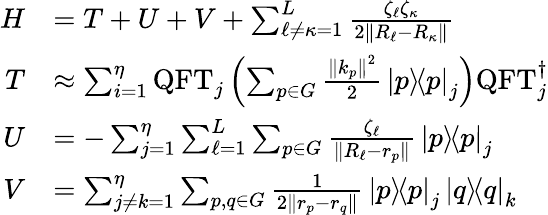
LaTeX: \begin{array}{rl}{H}&{=T+U+V+\sum_{\ell\neq\kappa=1}^{L}\frac{\zeta_{\ell}\zeta_{\kappa}}{2\left\| R_{\ell}-R_{\kappa}\right\| }}\\ {T}&{\approx\sum_{i=1}^{\eta}\mathrm{QFT}_{j}\left(\sum_{p\in G}\frac{\left\| k_{p}\right\| ^{2}}{2}\mathinner{|{p}\rangle}\! \! \mathinner{\langle{p}|}_{j}\right)\mathrm{QFT}_{j}^{\dagger}}\\ {U}&{=-\sum_{j=1}^{\eta}\sum_{\ell=1}^{L}\sum_{p\in G}\frac{\zeta_{\ell}}{\left\| R_{\ell}-r_{p}\right\| }\mathinner{|{p}\rangle}\! \! \mathinner{\langle{p}|}_{j}}\\ {V}&{=\sum_{j\neq k=1}^{\eta}\sum_{p,q\in G}\frac{1}{2\left\| r_{p}-r_{q}\right\| }\mathinner{|{p}\rangle}\! \! \mathinner{\langle{p}|}_{j}\mathinner{|{q}\rangle}\! \! \mathinner{\langle{q}|}_{k}}\end{array}